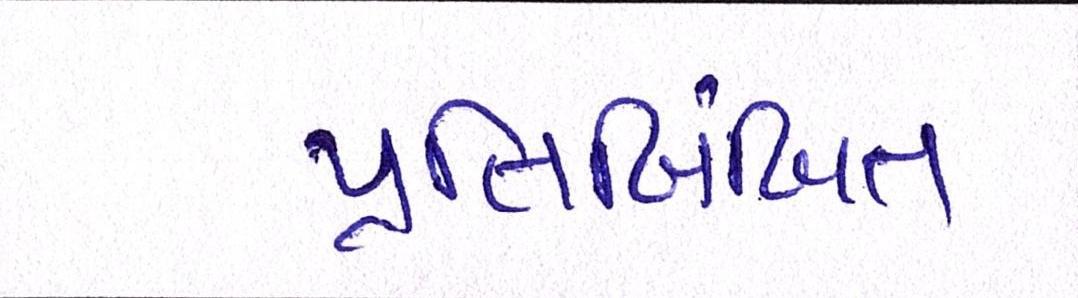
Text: પ્રતિબિંબિત